Ambla_Vallakohus, lk 7
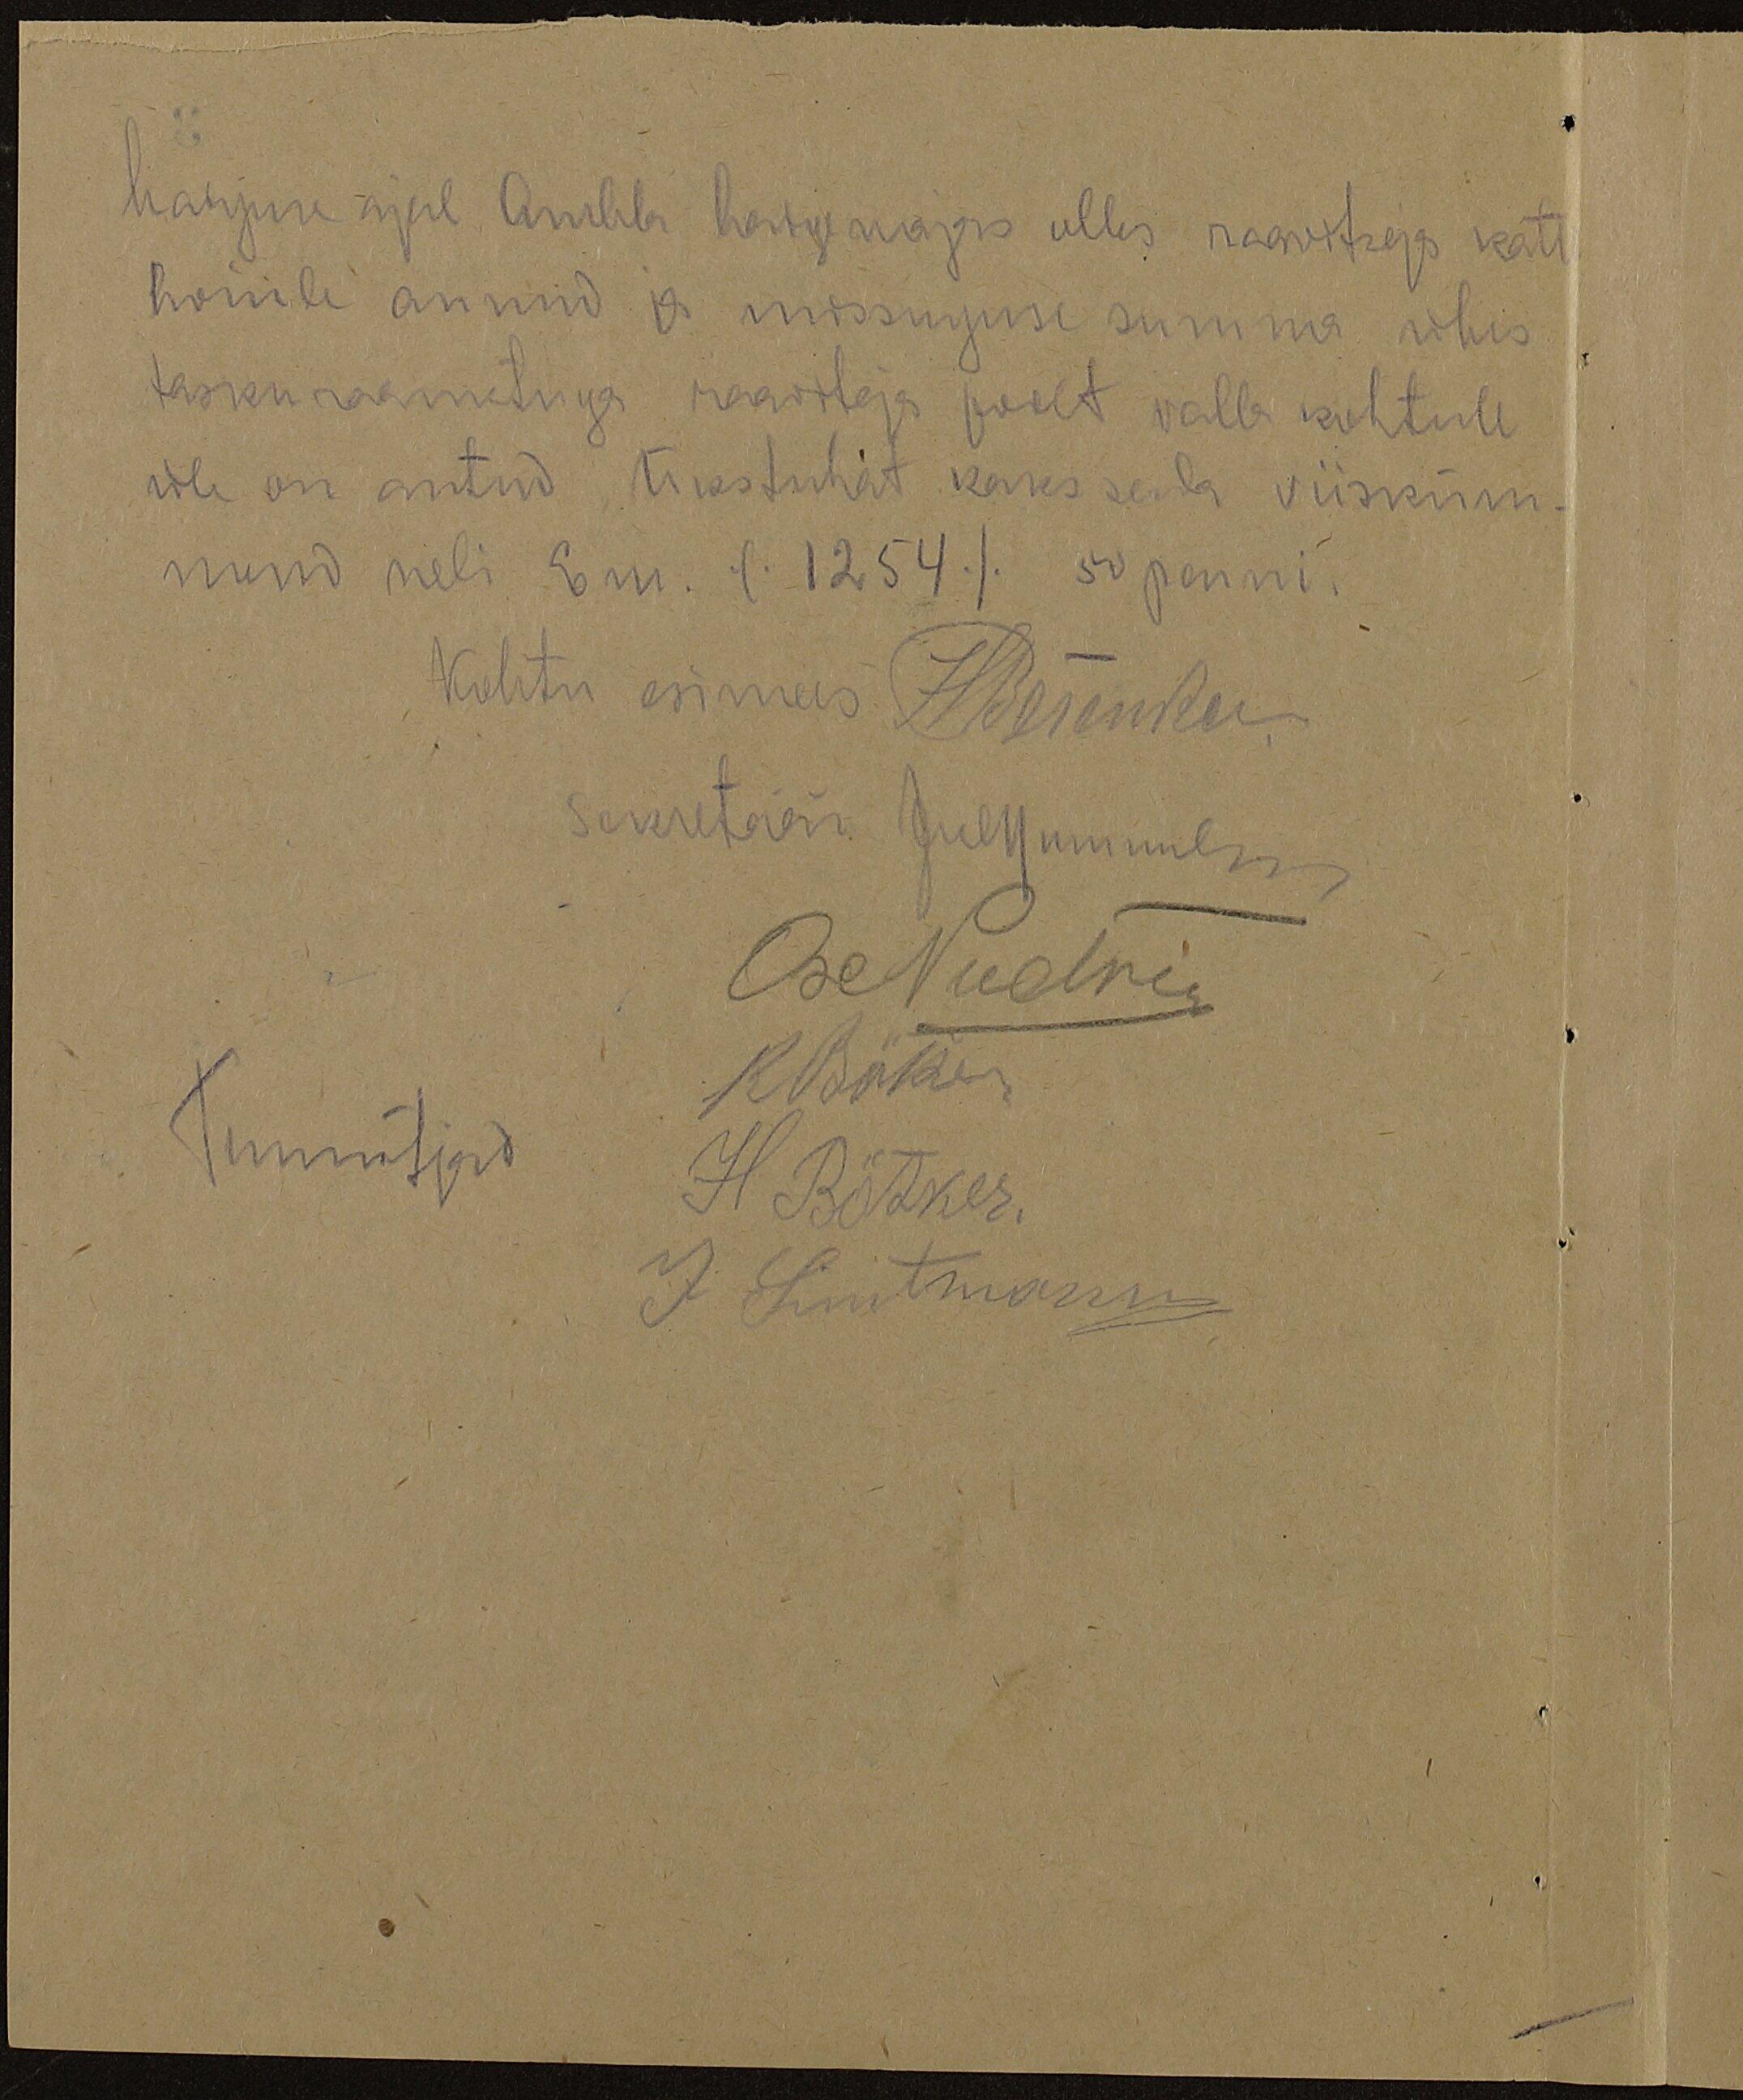
haiguse ajal Ambla haigemajas olles raawitsega kate
hoiule annud ja missuguse summa ühes
taskuraamatuga raaviteja poolt valla kohtule
üle on antud Ükstuhat kaks sada viisküm-
mend neli Em. (1254). 50 penni.
Kohtu esimees Häesenku
Sekretär Juhkummul
Ose Nudri
Tunnistjad
Кянке
H. Bõtker.
J. Simtmann